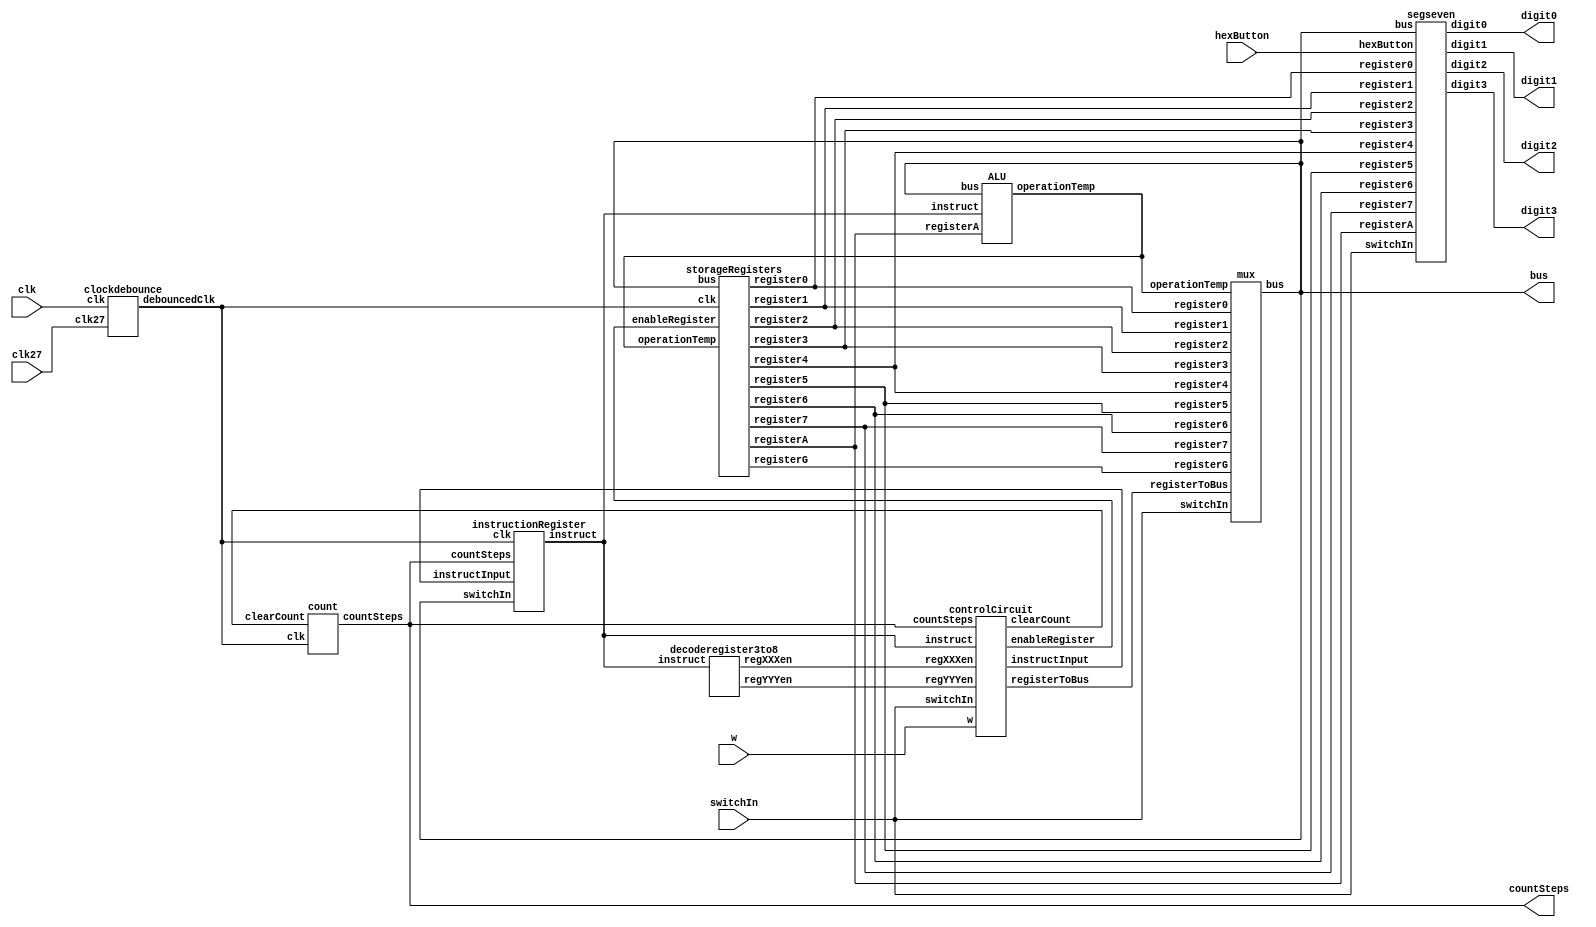
module processor(clk, switchIn, bus, digit0, digit1, digit2, digit3, hexButton, clk27, w, countSteps);
input clk, hexButton, clk27, w;
input [15:0]switchIn;
output [15:0]bus;
output [6:0]digit0, digit1, digit2, digit3;
output [1:0]countSteps;
wire [15:0]register0, register1, register2, register3, register4, register5, register6, register7, registerA, registerG, operationTemp;
wire [10:0]enableRegister, regXXXen, regYYYen, registerToBus;
wire [8:0]instruct;	

instructionRegister instructReg(.clk(debouncedClk), .switchIn(bus), .instruct(instruct), .countSteps(countSteps), .instructInput(instructInput));

count stepCounter(.clk(debouncedClk), .clearCount(clearCount), .countSteps(countSteps));

storageRegisters storageReg (.clk(debouncedClk), .bus(bus), .register0(register0), .register1(register1), .register2(register2), .register3(register3), .register4(register4),
							 .register5(register5), .register6(register6), .register7(register7), .registerA(registerA), .registerG(registerG), .operationTemp(operationTemp), .enableRegister(enableRegister));
							 
mux bigMux (.bus(bus), .register0(register0), .register1(register1), .register2(register2), .register3(register3), .register4(register4), .register5(register5),
			.register6(register6), .register7(register7), .registerG(registerG), .switchIn(switchIn), .registerToBus(registerToBus), .operationTemp(operationTemp));
			
controlCircuit ctrlCircuit (.instruct(instruct), .regXXXen(regXXXen), .regYYYen(regYYYen), .switchIn(switchIn), .enableRegister(enableRegister), .clearCount(clearCount), .countSteps(countSteps),
							.registerToBus(registerToBus), .instructInput(instructInput), .w(w));
							
decoderegister3to8 decode (.instruct(instruct), .regXXXen(regXXXen), .regYYYen(regYYYen));

segseven segSevDisp (.hexButton(hexButton), .switchIn(switchIn), .register0(register0), .register1(register1), .register2(register2), .register3(register3), .register4(register4),
					 .register5(register5), .register6(register6), .register7(register7), .registerA(registerA), .digit0(digit0), .digit1(digit1), .digit2(digit2), .digit3(digit3),
					.bus(bus));
					
ALU addsubUnit(.instruct(instruct), .registerA(registerA), .bus(bus), .operationTemp(operationTemp));

clockdebounce dbclock(.clk(clk), .debouncedClk(debouncedClk), .clk27(clk27));

endmodule

module instructionRegister(clk, switchIn, instruct, countSteps, instructInput);
input clk, instructInput;
input [15:0]switchIn;
input [1:0]countSteps;
output reg [8:0]instruct;

always@(posedge clk)
begin
	if(instructInput == 1)
	begin
		casex(switchIn)
			16'b000_0000_xxx_xxx_xxx: instruct <= {3'b000, switchIn[8:3]}; //load data into rx								000_0000_XXX_UUU_UUU
			16'b000_0001_xxx_xxx_xxx: instruct <= {3'b001, switchIn[8:3]}; //move ry into rx								000_0001_XXX_YYY_UUU
			16'b100_0010_xxx_xxx_xxx: instruct <= {3'b010, switchIn[8:3]}; //add rx to ry, store in rx						100_0010_XXX_YYY_UUU
			16'b100_0011_xxx_xxx_xxx: instruct <= {3'b011, switchIn[8:3]}; //subtract ry from rx, store in rx				100_0011_XXX_YYY_UUU
			16'b100_0100_xxx_xxx_xxx: instruct <= {3'b100, switchIn[8:3]}; //or bit pattern of rx and ry, store in rx		100_0100_XXX_YYY_UUU
			16'b100_0101_xxx_xxx_xxx: instruct <= {3'b101, switchIn[8:3]}; //and bit pattern of rx and ry, store in rx		100_0101_XXX_YYY_UUU
			16'b100_0110_xxx_xxx_xxx: instruct <= {3'b110, switchIn[8:3]}; //1's comp of ry, store in rx					100_0110_XXX_YYY_UUU
			16'b100_0111_xxx_xxx_xxx: instruct <= {3'b111, switchIn[8:3]}; //2's comp of ry, store in rx					100_0111_XXX_YYY_UUU
		endcase
	end
end
endmodule

module count(clk, clearCount, countSteps);
input clk, clearCount;
output reg [1:0]countSteps;

always@(posedge clk)
begin
	if(clearCount == 1)
		countSteps <= 2'b00;
	else
	begin
		countSteps <= countSteps + 2'b01;
	end
end
endmodule


module storageRegisters(clk, bus, register0, register1, register2, register3, register4, register5, register6, register7, registerA, registerG, operationTemp, enableRegister);
input clk;
input [15:0]bus, operationTemp;
input [10:0]enableRegister;
output reg [15:0]register0, register1, register2, register3, register4, register5, register6, register7, registerA, registerG;

always@(posedge clk)
begin
	case(enableRegister)
		11'b000_0000_0010: registerG <= operationTemp;
		11'b000_0000_0100: registerA <= bus;
		11'b000_0000_1000: register0 <= bus;
		11'b000_0001_0000: register1 <= bus;
		11'b000_0010_0000: register2 <= bus;
		11'b000_0100_0000: register3 <= bus;
		11'b000_1000_0000: register4 <= bus;
		11'b001_0000_0000: register5 <= bus;
		11'b010_0000_0000: register6 <= bus;
		11'b100_0000_0000: register7 <= bus;
	endcase
end
endmodule

module mux(bus, register0, register1, register2, register3, register4, register5, register6, register7, registerG, switchIn, registerToBus, operationTemp);
input [15:0]register0, register1, register2, register3, register4, register5, register6, register7, registerG, switchIn, operationTemp;
input [10:0]registerToBus;
output reg [15:0]bus;

always@(register0, register1, register2, register3, register4, register5, register6, register7, registerG, switchIn)
	begin
		case(registerToBus)
			11'b000_0000_0001: bus <= switchIn;
			11'b000_0000_0010: bus <= registerG;
			11'b000_0000_0100: bus <= operationTemp;
			11'b000_0000_1000: bus <= register0;
			11'b000_0001_0000: bus <= register1;
			11'b000_0010_0000: bus <= register2;
			11'b000_0100_0000: bus <= register3;
			11'b000_1000_0000: bus <= register4;
			11'b001_0000_0000: bus <= register5;
			11'b010_0000_0000: bus <= register6;
			11'b100_0000_0000: bus <= register7;
		endcase
	end
endmodule

module controlCircuit(instruct, regXXXen, regYYYen, switchIn, enableRegister, clearCount, countSteps, registerToBus, instructInput, w);
input w;
input [1:0]countSteps;
input [8:0]instruct;
input [10:0]regXXXen, regYYYen;
input [15:0]switchIn;
output reg [10:0]enableRegister;
output reg [10:0]registerToBus;
output reg clearCount;
output reg instructInput;

always@(countSteps, enableRegister, switchIn, w, regXXXen, regYYYen, instruct)
begin
if(w==1)
begin
	if(countSteps == 2'b00) //step 0
	begin
		enableRegister <= 11'b000_0000_0000;
		registerToBus <= 11'b000_0000_0001;
		clearCount <= 0;
		instructInput <= 1;
	end               
	
	if(countSteps == 2'b01) //step 1
	begin
		instructInput <=0;
		casex(instruct[8:6])
			3'b000: //load rx from data in
			begin
				registerToBus <= 11'b000_0000_0001;
				enableRegister <= regXXXen;
				clearCount <=1;
			end
			
			3'b001: //move ry to rx
			begin
				registerToBus <= regYYYen;
				enableRegister <= regXXXen;
				clearCount <=1;
			end
						
			3'b010: //add rx to ry
			begin
				registerToBus <= regXXXen;
				enableRegister <= 11'b000_0000_0100; 
			end
						
			3'b011: //sub ry from rx
			begin
				registerToBus <= regXXXen;
				enableRegister <= 11'b000_0000_0100; 
			end
						
			3'b100: //logical or
			begin
				registerToBus <= regXXXen;
				enableRegister <= 11'b000_0000_0100; 
			end
						
			3'b101: //logical and
			begin
				registerToBus <= regXXXen;
				enableRegister <= 11'b000_0000_0100; 
			end
						
			3'b110: // 1's comp
			begin
				registerToBus <= regYYYen;
				enableRegister <= 11'b000_0000_0100; 
			end
						
			3'b111: // 2's comp
			begin
				registerToBus <= regYYYen;
				enableRegister <= 11'b000_0000_0100; 
			end

		endcase
	end 						
			

if(countSteps == 2'b10) //step 2
begin
	instructInput <=0;
	casex(instruct[8:6])
		3'b010: //load rx from data in
		begin
			registerToBus <= regYYYen;
			enableRegister <= 11'b000_0000_0010;
		end
					
		3'b011: //move ry to rx
		begin
			registerToBus <= regYYYen;
			enableRegister <= 11'b000_0000_0010;
		end

		3'b100: //add rx to ry
		begin
			registerToBus <= regYYYen;
			enableRegister <= 11'b000_0000_0010; 
		end
					
		3'b101: //sub ry from rx
		begin
			registerToBus <= regYYYen;
			enableRegister <= 11'b000_0000_0010; 
		end
					
		3'b110:  // 1's comp
		begin
			registerToBus <= 11'b000_0000_0100;
			enableRegister <= regXXXen; 
			clearCount <= 1;
		end
					
		3'b111: // 2's comp
		begin
			registerToBus <= 11'b000_0000_0100;
			enableRegister <= regXXXen; 
			clearCount <= 1;
		end
	endcase
end
                                                                    

if(countSteps == 2'b11) //step 3
begin
	instructInput <=0;
	casex(instruct[8:6])
		3'b010: //add rx to ry
		begin
			registerToBus <= 11'b000_0000_0010;
			enableRegister <= regXXXen; 
			clearCount <=1;
		end
					
		3'b011: //sub ry from rx
		begin
			registerToBus <= 11'b000_0000_0010;
			enableRegister <= regXXXen; 
			clearCount <=1;
		end

		3'b100: //logical or
		begin
			registerToBus <= 11'b000_0000_0010;
			enableRegister <= regXXXen; 
			clearCount <=1;
		end
					
		3'b101: //logical and
		begin
			registerToBus <= 11'b000_0000_0010;
			enableRegister <= regXXXen; 
			clearCount <=1;
		end
	endcase
end                                             
end

else
begin
	enableRegister <= 11'b000_0000_0000;
	registerToBus <= 11'b000_0000_0000;
	clearCount <= 1;
	instructInput <= 0;
end
end				
endmodule


module decoderegister3to8(instruct, regXXXen, regYYYen);
input [8:0]instruct;
output reg [10:0]regXXXen, regYYYen;

always@(instruct)
begin
	case(instruct[5:3])
		3'b000: regXXXen <= 11'b000_0000_1000; //register0
		3'b001: regXXXen <= 11'b000_0001_0000; //register1
		3'b010: regXXXen <= 11'b000_0010_0000; //register2
		3'b011: regXXXen <= 11'b000_0100_0000; //register3
		3'b100: regXXXen <= 11'b000_1000_0000; //register4
		3'b101: regXXXen <= 11'b001_0000_0000; //register5
		3'b110: regXXXen <= 11'b010_0000_0000; //register6
		3'b111: regXXXen <= 11'b100_0000_0000; //register7
	endcase
	case(instruct[2:0])
		3'b000: regYYYen <= 11'b000_0000_1000; //register0
		3'b001: regYYYen <= 11'b000_0001_0000; //register1
		3'b010: regYYYen <= 11'b000_0010_0000; //register2
		3'b011: regYYYen <= 11'b000_0100_0000; //register3
		3'b100: regYYYen <= 11'b000_1000_0000; //register4
		3'b101: regYYYen <= 11'b001_0000_0000; //register5
		3'b110: regYYYen <= 11'b010_0000_0000; //register6
		3'b111: regYYYen <= 11'b100_0000_0000; //register7
	endcase
end
endmodule


module segseven(hexButton, switchIn, register0, register1, register2, register3, register4, register5, register6, register7, registerA, digit0, digit1, digit2, digit3, bus);
input hexButton;
input [15:0]register0, register1, register2, register3, register4, register5, register6, register7, registerA, bus, switchIn;
output reg [6:0]digit0, digit1, digit2, digit3;
reg [15:0]valueOut;

always@(hexButton)
begin
	if(hexButton == 0)
	case(switchIn[2:0])
		3'b000: valueOut <= register0;
		3'b001: valueOut <= register1;
		3'b010: valueOut <= register2;
		3'b011: valueOut <= register3;
		3'b100: valueOut <= register4;
		3'b101: valueOut <= register5;
		3'b110: valueOut <= register6;
		3'b111: valueOut <= register7;
	endcase
	else if(hexButton == 1)
		valueOut <= bus;

	case(valueOut[3:0])
		4'b0000: digit0 <= 7'b000_0001;
		4'b0001: digit0 <= 7'b100_1111;
		4'b0010: digit0 <= 7'b001_0010;
		4'b0011: digit0 <= 7'b000_0110;
		4'b0100: digit0 <= 7'b100_1100;
		4'b0101: digit0 <= 7'b010_0100;
		4'b0110: digit0 <= 7'b010_0000;
		4'b0111: digit0 <= 7'b000_1111;
		4'b1000: digit0 <= 7'b000_0000;
		4'b1001: digit0 <= 7'b000_0100;
		4'b1010: digit0 <= 7'b000_1000;
		4'b1011: digit0 <= 7'b110_0000;
		4'b1100: digit0 <= 7'b111_0010;
		4'b1101: digit0 <= 7'b100_0010;
		4'b1110: digit0 <= 7'b011_0000;
		4'b1111: digit0 <= 7'b011_1000;
	endcase
	case(valueOut[7:4])
		4'b0000: digit1 <= 7'b000_0001;
		4'b0001: digit1 <= 7'b100_1111;
		4'b0010: digit1 <= 7'b001_0010;
		4'b0011: digit1 <= 7'b000_0110;
		4'b0100: digit1 <= 7'b100_1100;
		4'b0101: digit1 <= 7'b010_0100;
		4'b0110: digit1 <= 7'b010_0000;
		4'b0111: digit1 <= 7'b000_1111;
		4'b1000: digit1 <= 7'b000_0000;
		4'b1001: digit1 <= 7'b000_0100;
		4'b1010: digit1 <= 7'b000_1000;
		4'b1011: digit1 <= 7'b110_0000;
		4'b1100: digit1 <= 7'b111_0010;
		4'b1101: digit1 <= 7'b100_0010;
		4'b1110: digit1 <= 7'b011_0000;
		4'b1111: digit1 <= 7'b011_1000;
	endcase
	case(valueOut[11:8])
		4'b0000: digit2 <= 7'b000_0001;
		4'b0001: digit2 <= 7'b100_1111;
		4'b0010: digit2 <= 7'b001_0010;
		4'b0011: digit2 <= 7'b000_0110;
		4'b0100: digit2 <= 7'b100_1100;
		4'b0101: digit2 <= 7'b010_0100;
		4'b0110: digit2 <= 7'b010_0000;
		4'b0111: digit2 <= 7'b000_1111;
		4'b1000: digit2 <= 7'b000_0000;
		4'b1001: digit2 <= 7'b000_0100;
		4'b1010: digit2 <= 7'b000_1000;
		4'b1011: digit2 <= 7'b110_0000;
		4'b1100: digit2 <= 7'b111_0010;
		4'b1101: digit2 <= 7'b100_0010;
		4'b1110: digit2 <= 7'b011_0000;
		4'b1111: digit2 <= 7'b011_1000;
	endcase
	case(valueOut[15:12])
		4'b0000: digit3 <= 7'b000_0001;
		4'b0001: digit3 <= 7'b100_1111;
		4'b0010: digit3 <= 7'b001_0010;
		4'b0011: digit3 <= 7'b000_0110;
		4'b0100: digit3 <= 7'b100_1100;
		4'b0101: digit3 <= 7'b010_0100;
		4'b0110: digit3 <= 7'b010_0000;
		4'b0111: digit3 <= 7'b000_1111;
		4'b1000: digit3 <= 7'b000_0000;
		4'b1001: digit3 <= 7'b000_0100;
		4'b1010: digit3 <= 7'b000_1000;
		4'b1011: digit3 <= 7'b110_0000;
		4'b1100: digit3 <= 7'b111_0010;
		4'b1101: digit3 <= 7'b100_0010;
		4'b1110: digit3 <= 7'b011_0000;
		4'b1111: digit3 <= 7'b011_1000;
	endcase
end
endmodule


module ALU(instruct, registerA, bus, operationTemp);
input [15:0]registerA, bus;
input [8:0]instruct;
output reg [15:0]operationTemp;

always@(registerA, bus, instruct)
begin
	if(instruct[8:6] == 3'b010) // Add 
		operationTemp <= registerA + bus;

	else if (instruct[8:6] == 3'b011) // Sub
		operationTemp <= registerA - bus;
		
	else if(instruct[8:6] == 3'b100) // logical or
		operationTemp <= (registerA | bus);

	else if (instruct[8:6] == 3'b101) // logical and
		operationTemp <= (registerA & bus);
		
	else if(instruct[8:6] == 3'b110) // 1's comp
		operationTemp <= ~registerA;

	else if (instruct[8:6] == 3'b111) // 2's comp
		operationTemp <= ~registerA + 1;
end
endmodule


module clockdebounce(clk, debouncedClk, clk27);
input clk, clk27;
output reg debouncedClk;
reg [15:0] clockCount;

always@(posedge clk27)
if(clk==0)
begin
	if(clockCount != 16'b1111_1111_1111_1111)
		begin
			clockCount<= clockCount+1;
			debouncedClk <=0;
		end
				
	else if(clockCount ==16'b1111_1111_1111_1111)
		begin	
			debouncedClk <=1;
		end
end
else if(clk==1)
begin
	debouncedClk <=0;
	clockCount <= 16'b0000_0000_0000_0000;
end
	
endmodule